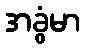
အခွံမာ